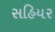
સહિયર